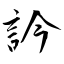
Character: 訡